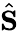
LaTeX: \hat{\mathbf S}